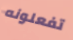
تفعلونه